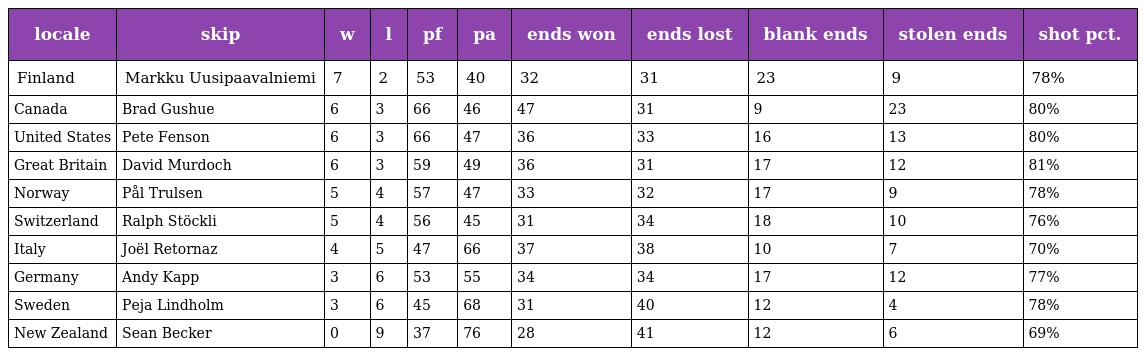
| locale | skip | w | l | pf | pa | ends won | ends lost | blank ends | stolen ends | shot pct. |
 | --- | --- | --- | --- | --- | --- | --- | --- | --- | --- | --- |
 | Finland | Markku Uusipaavalniemi | 7 | 2 | 53 | 40 | 32 | 31 | 23 | 9 | 78% |
 | Canada | Brad Gushue | 6 | 3 | 66 | 46 | 47 | 31 | 9 | 23 | 80% |
 | United States | Pete Fenson | 6 | 3 | 66 | 47 | 36 | 33 | 16 | 13 | 80% |
 | Great Britain | David Murdoch | 6 | 3 | 59 | 49 | 36 | 31 | 17 | 12 | 81% |
 | Norway | Pål Trulsen | 5 | 4 | 57 | 47 | 33 | 32 | 17 | 9 | 78% |
 | Switzerland | Ralph Stöckli | 5 | 4 | 56 | 45 | 31 | 34 | 18 | 10 | 76% |
 | Italy | Joël Retornaz | 4 | 5 | 47 | 66 | 37 | 38 | 10 | 7 | 70% |
 | Germany | Andy Kapp | 3 | 6 | 53 | 55 | 34 | 34 | 17 | 12 | 77% |
 | Sweden | Peja Lindholm | 3 | 6 | 45 | 68 | 31 | 40 | 12 | 4 | 78% |
 | New Zealand | Sean Becker | 0 | 9 | 37 | 76 | 28 | 41 | 12 | 6 | 69% |